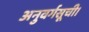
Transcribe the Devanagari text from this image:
अनुवर्गसूची।